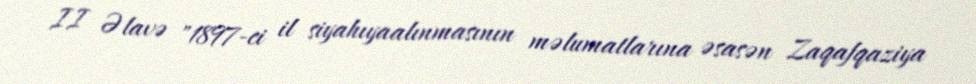
II Əlavə "1897-ci il siyahıyaalınmasının məlumatlarına əsasən Zaqafqaziya